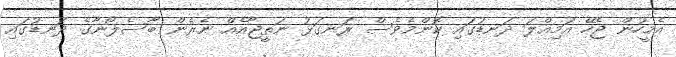
އެމީހުން ޖެހޭ އަމިއްލަ ދަނޑުގައި ކޮންމެވެސް ރަނގަޅު ނަތީޖާއެއް ނެރެން ބާސެލޯނާގެ ދަނޑުގައި